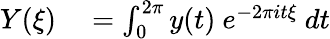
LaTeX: \begin{array}{rl}{Y(\xi)}&{{}=\int_{0}^{2\pi}y(t)~e^{-2\pi it\xi}~dt}\end{array}